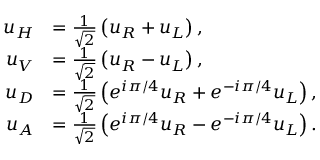
\begin{array} { r l } { u _ { H } } & { = \frac { 1 } { \sqrt { 2 } } \left( u _ { R } + u _ { L } \right) , } \\ { u _ { V } } & { = \frac { 1 } { \sqrt { 2 } } \left( u _ { R } - u _ { L } \right) , } \\ { u _ { D } } & { = \frac { 1 } { \sqrt { 2 } } \left( e ^ { i \pi / 4 } u _ { R } + e ^ { - i \pi / 4 } u _ { L } \right) , } \\ { u _ { A } } & { = \frac { 1 } { \sqrt { 2 } } \left( e ^ { i \pi / 4 } u _ { R } - e ^ { - i \pi / 4 } u _ { L } \right) . } \end{array}